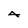
Character: 4